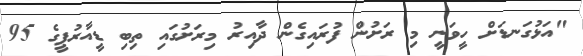
"އަޅުގަނޑަށް ހީވަނީ މި ރަށުން ފުރައިގެން ދާއިރު މިރަށުގައި ތިބި ޑީއާރުޕީގެ 95